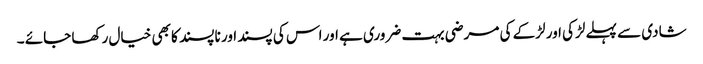
شادی سے پہلے لڑکی اور لڑکے کی مرضی بہت ضروری ہے اور اس کی پسند اور نا پسند کا بھی خیال رکھا جائے ۔